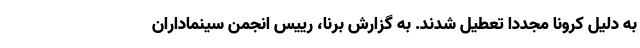
به دلیل کرونا مجددا تعطیل شدند. به گزارش برنا، رییس انجمن سینماداران